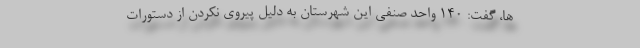
ها، گفت: ۱۴۰ واحد صنفی این شهرستان به دلیل پیروی نکردن از دستورات